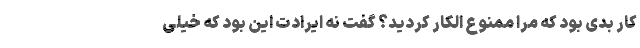
کار بدی بود که مرا ممنوع الکار کردید؟ گفت نه ایرادت این بود که خیلی